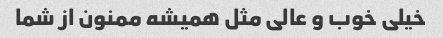
خیلی خوب و عالی مثل همیشه ممنون از شما